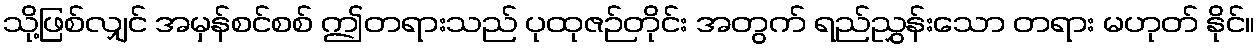
သို့ဖြစ်လျှင် အမှန်စင်စစ် ဤတရားသည် ပုထုဇဉ်တိုင်း အတွက် ရည်ညွှန်းသော တရား မဟုတ် နိုင်။